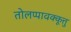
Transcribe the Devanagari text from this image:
तोलप्पावक्कूत्तु